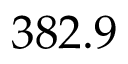
3 8 2 . 9